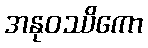
အနုဝဿိကော